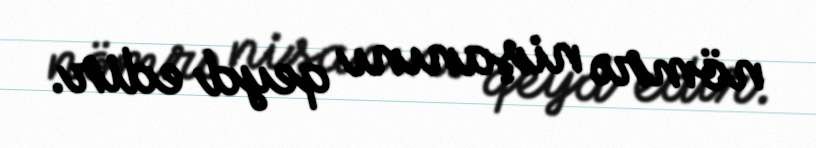
nömrə nişanını qeyd edir.